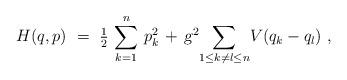
LaTeX: \begin{align*} H(q,p)~=~{\textstyle {1 \over 2}} \, \sum_{k=1}^n \, p_k^2 \, + \, \mbox{\sl g}^2 \! \sum_{1 \leq k \neq l \leq n} \! V(q_k - q_l)~,\end{align*}